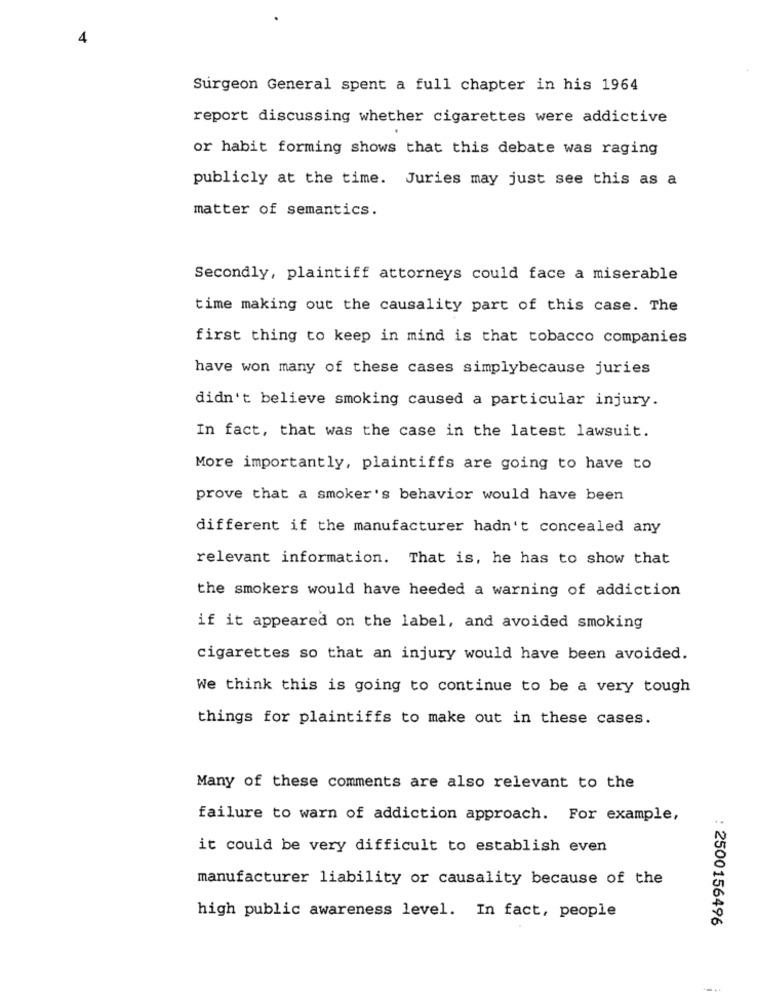
4
Surgeon General spent a full chapter in his 1964
report discussing whether cigarettes were addictive
or habit forming shows that this debate was raging
publicly at the time. Juries may just see this as a
matter of semantics.
Secondly, plaintiff attorneys could face a miserable
time making out the causality part of this case. The
first thing to keep in mind is that tobacco companies
have won many of these cases simplybecause juries
didn't believe smoking caused a particular injury.
In fact, that was the case in the latest lawsuit.
More importantly, plaintiffs are going to have to
prove that a smoker's behavior would have been
different if the manufacturer hadn't concealed any
relevant information. That is, he has to show that
the smokers would have heeded a warning of addiction
if it appeared on the label, and avoided smoking
cigarettes so that an injury would have been avoided.
We think this is going to continue to be a very tough
things for plaintiffs to make out in these cases.
Many of these comments are also relevant to the
failure to warn of addiction approach. For example,
it could be very difficult to establish even
manufacturer liability or causality because of the
high public awareness level. In fact, people
: 2500156496